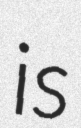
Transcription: is